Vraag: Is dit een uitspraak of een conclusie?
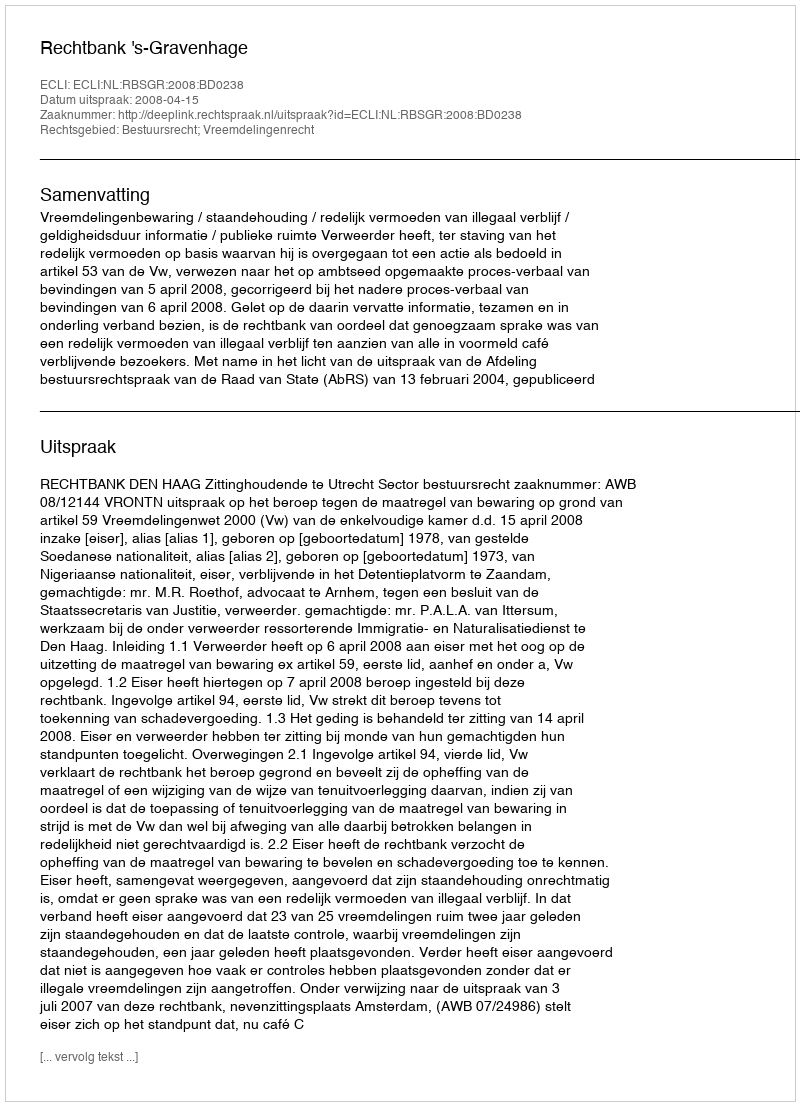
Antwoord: Uitspraak